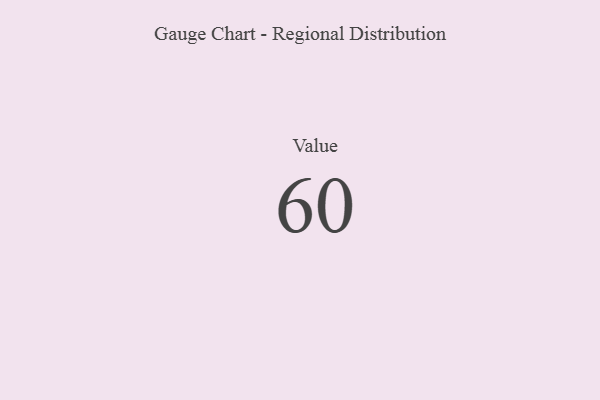
{"axis": {"x": "Metric", "y": "Value"}, "legend": [""], "data": [{"x": "Value", "y": 60, "type": ""}]}